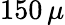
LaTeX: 150\, \mu